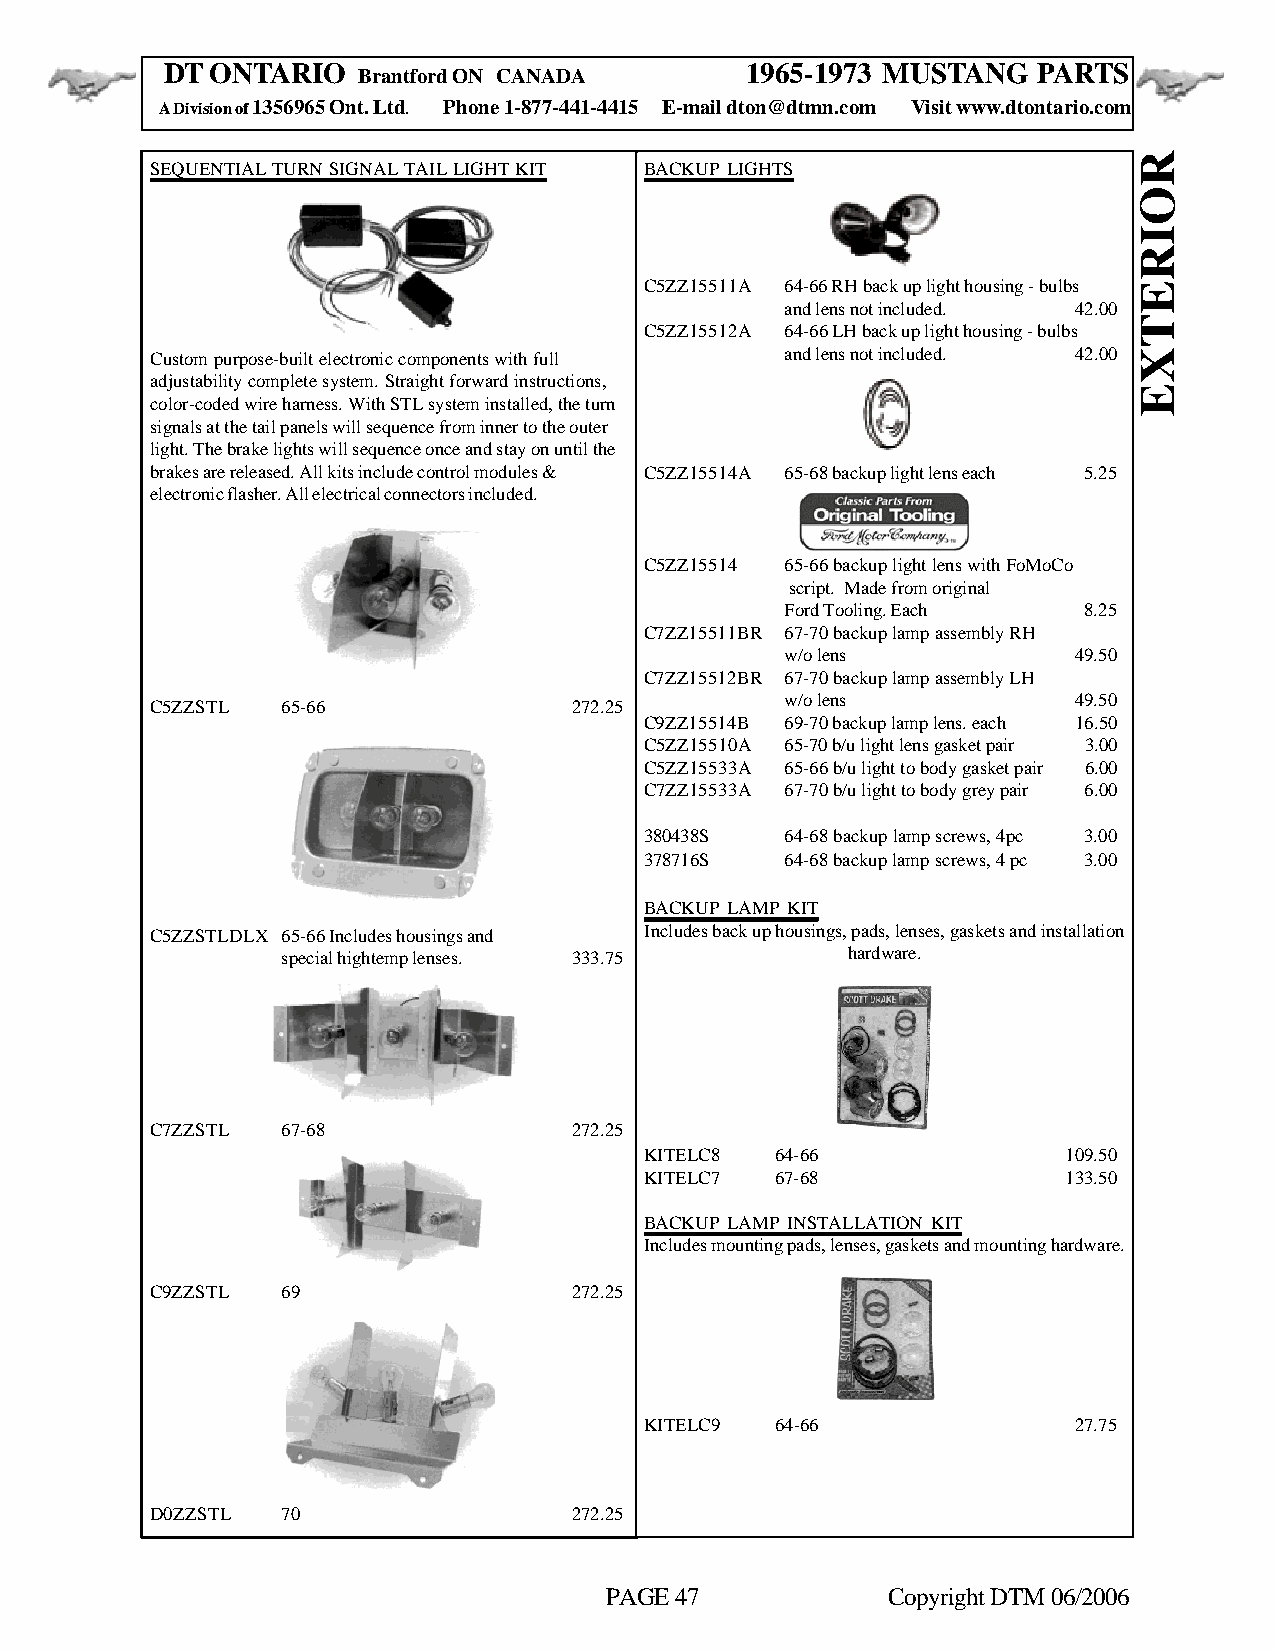
DT ONTARIO                            1965-1973 MUSTANG   PARTS
 Brantford ON CANADA
 A Division of 1356965 Ont. Ltd. Phone 1-877-441-4415 E-mail dton@dtmn.com Visit www.dtontario.com
 SEQUENTIAL TURN SIGNAL TAIL LIGHT KIT BACKUP LIGHTS
 C5ZZ15511A 64-66 RH back up light housing - bulbs
 and lens not included. 42.00
 C5ZZ15512A 64-66 LH back up light housing - bulbs
 Custom purpose-built electronic components with full and lens not included. 42.00
 adjustability complete system. Straight forward instructions,
 color-coded wire harness. With STL system installed, the turn
 signals at the tail panels will sequence from inner to the outer
 light. The brake lights will sequence once and stay on until the
 brakes are released. All kits include control modules & C5ZZ15514A 65-68 backup light lens each 5.25
 electronic flasher. All electrical connectors included.
 C5ZZ15514 65-66 backup light lens with FoMoCo
 script. Made from original
 Ford Tooling. Each  8.25
 C7ZZ15511BR 67-70 backup lamp assembly RH
 w/o lens           49.50
 C7ZZ15512BR 67-70 backup lamp assembly LH
 C5ZZSTL  65-66              272.25        w/o lens           49.50
 C9ZZ15514B 69-70 backup lamp lens. each 16.50
 C5ZZ15510A 65-70 b/u light lens gasket pair 3.00
 C5ZZ15533A 65-66 b/u light to body gasket pair 6.00
 C7ZZ15533A 67-70 b/u light to body grey pair 6.00
 380438S  64-68 backup lamp screws, 4pc 3.00
 378716S  64-68 backup lamp screws, 4 pc 3.00
 BACKUP LAMP KIT
 C5ZZSTLDLX 65-66 Includes housings and Includes back up housings, pads, lenses, gaskets and installation
 special hightemp lenses. 333.75      hardware.
 C7ZZSTL  67-68              272.25
 KITELC8 64-66               109.50
 KITELC7 67-68               133.50
 BACKUP LAMP INSTALLATION KIT
 Includes mounting pads, lenses, gaskets and mounting hardware.
 C9ZZSTL  69                 272.25
 KITELC9 64-66               27.75
 D0ZZSTL  70                 272.25
 PAGE 47            Copyright DTM 06/2006
 ROIRETXE